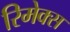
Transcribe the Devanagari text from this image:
रिमेक्स